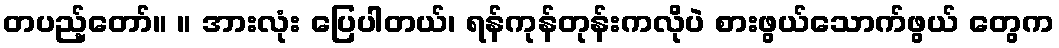
တပည့်တော်။ ။ အားလုံး ပြေပါတယ်၊ ရန်ကုန်တုန်းကလိုပဲ စားဖွယ်သောက်ဖွယ် တွေက